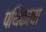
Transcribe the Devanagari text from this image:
पथिकाचा